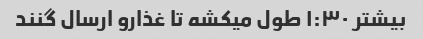
بیشتر ۱:۳۰ طول میکشه تا غذارو ارسال گنند